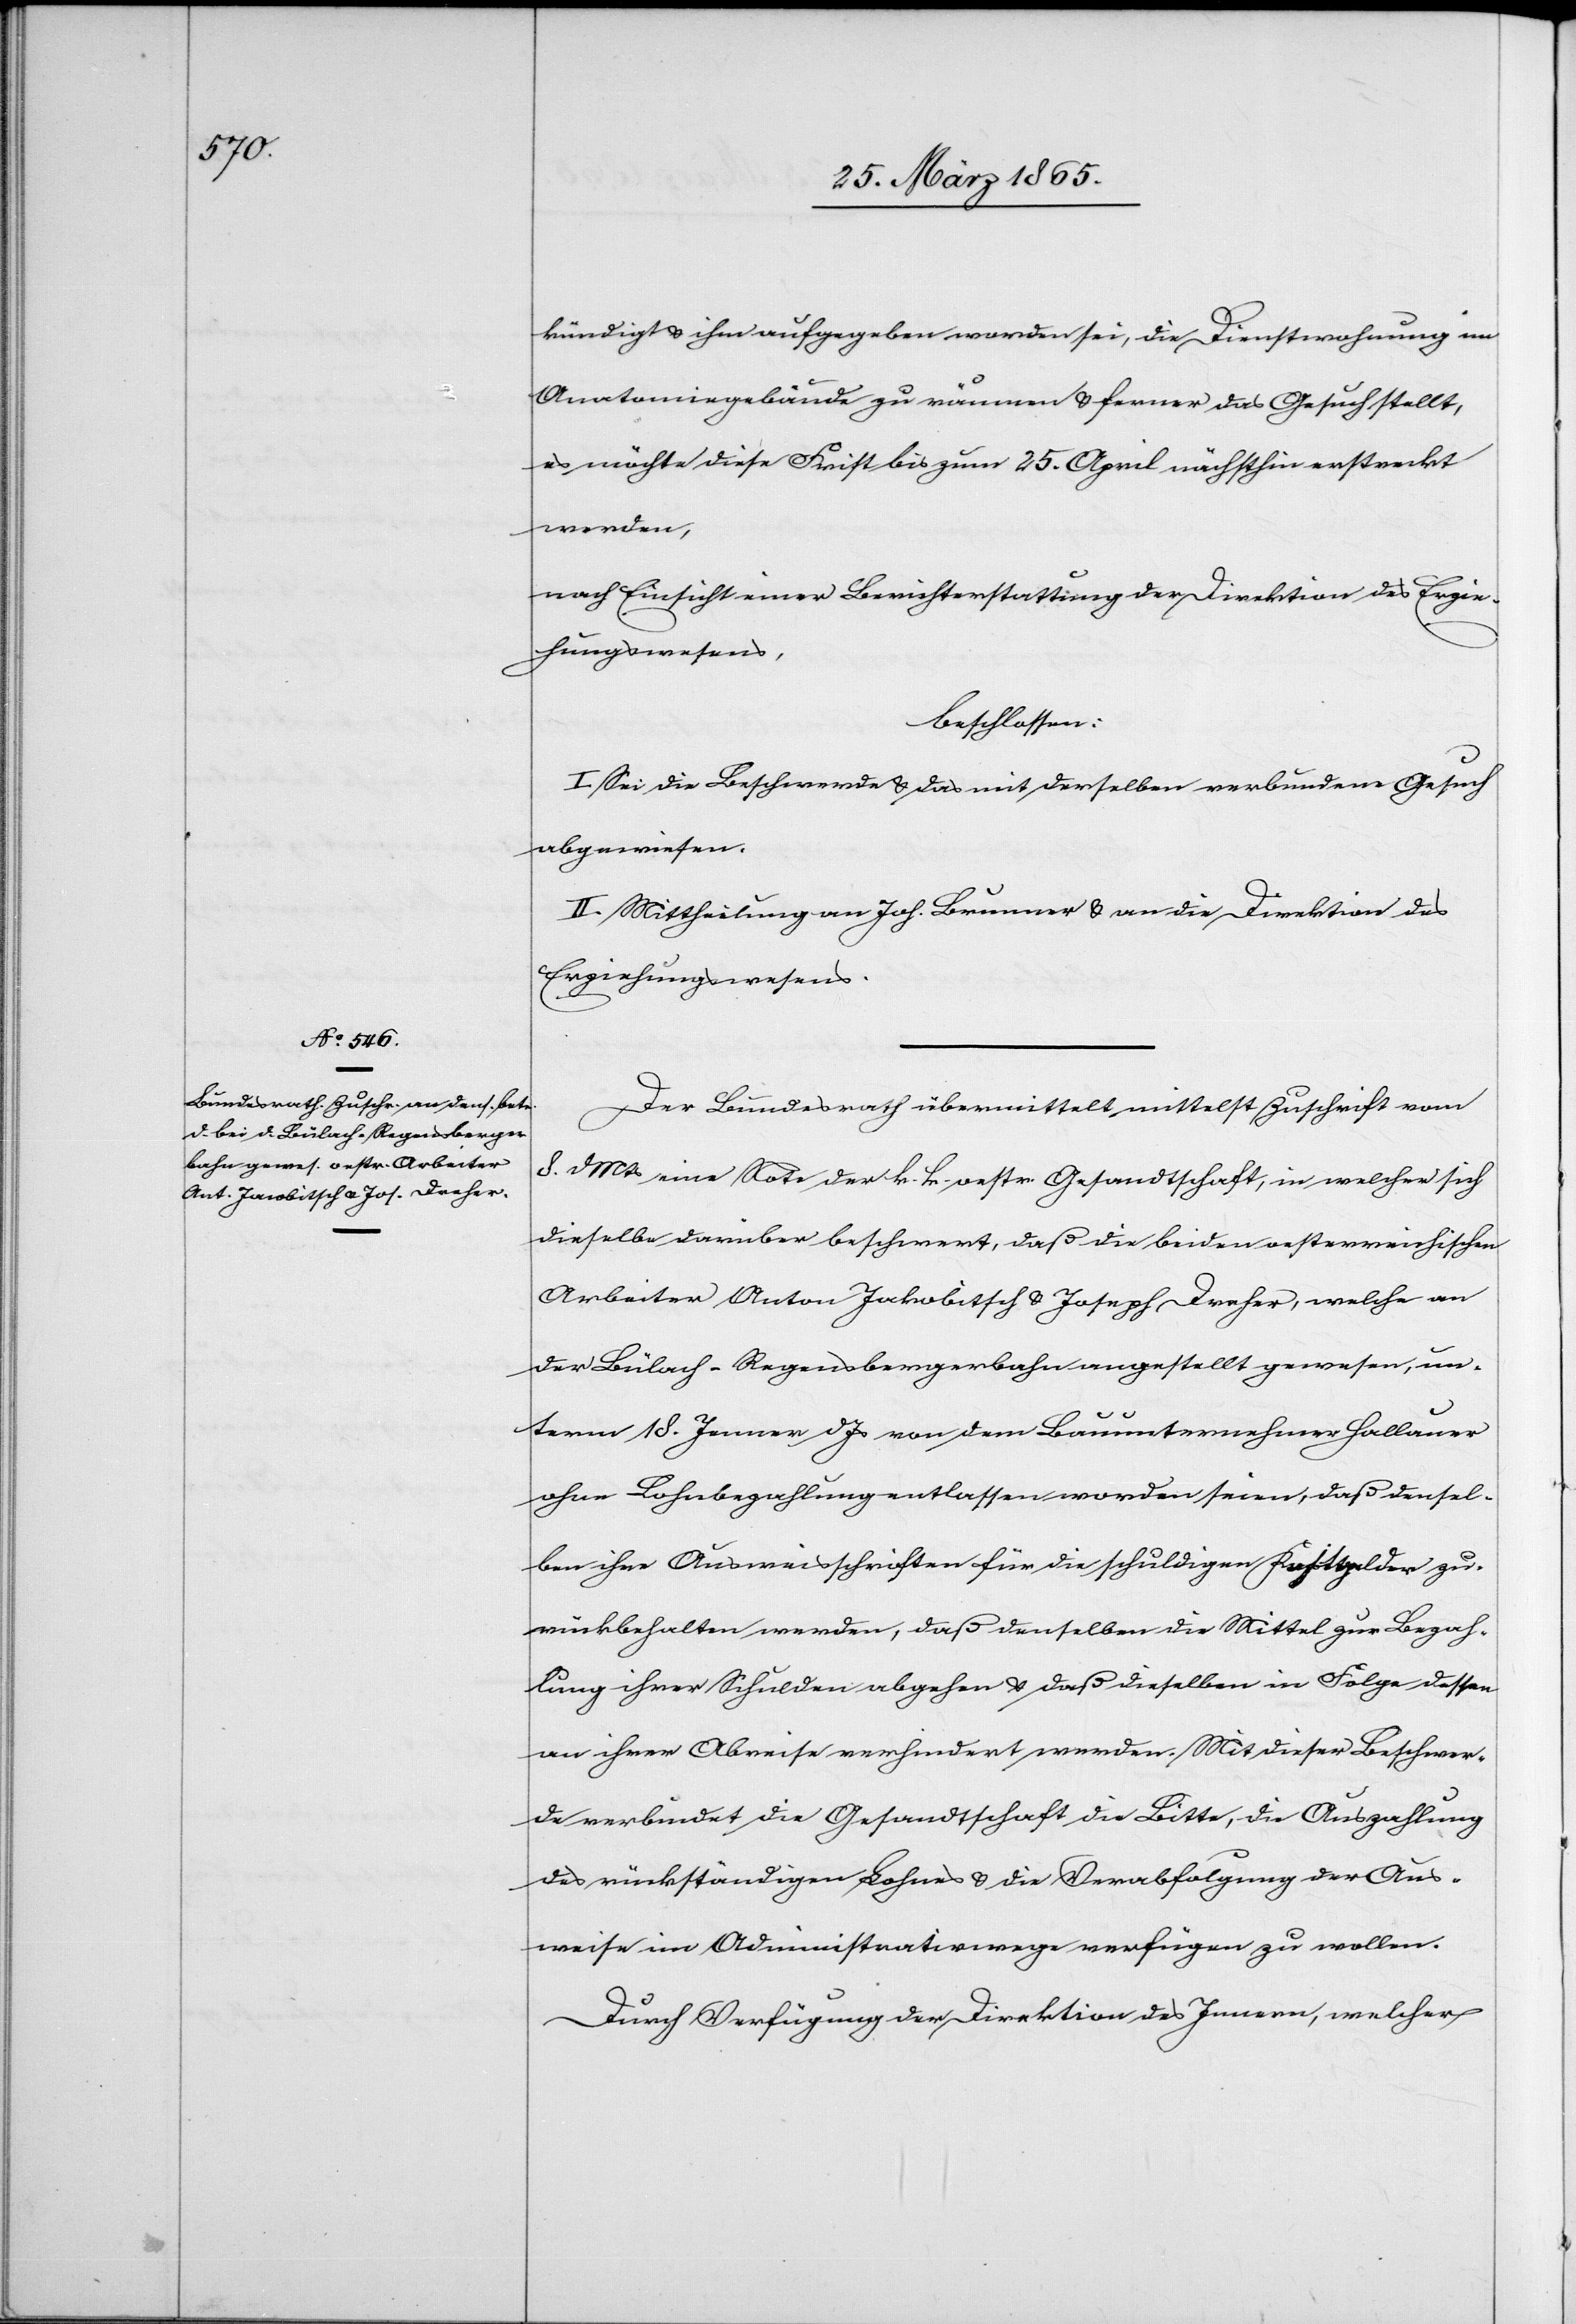
kündigt & ihm aufgegeben worden sei, die Dienstwohnung im
Anatomiegebäude zu räumen & ferner das Gesuch stellt,
es möchte diese Frist bis zum 25. April nächsthin erstreckt
werden,
nach Einsicht einer Berichterstattung der Direktion des Erzie¬
hungswesens,
beschlossen:
I. Sei die Beschwerde & das mit derselben verbundene Gesuch
abgewiesen.
II. Mittheilung an Joh. Brunner & an die Direktion des
Erziehungswesens.
Der Bundesrath übermittelt mittelst Zuschrift vom
8. d Mts eine Note der k. k. oestr. Gesandtschaft, in welcher sich
dieselbe darüber beschwert, daß die beiden oesterreichischen
Arbeiter Anton Jakobitsch [sic!] & Joseph Dreher, welche an
der Bülach-Regensbergerbahn angestellt gewesen, un¬
term 18. Jenner d Js von dem Bauunternehmer Hallauer
ohne Lohnbezahlung entlassen worden seien, daß densel¬
ben ihre Ausweisschriften für die schuldigen Kostgelder zu¬
rückbehalten werden, daß denselben die Mittel zur Bezah¬
lung ihrer Schulden abgehen & daß dieselben in Folge dessen
an ihrer Abreise verhindert werden. Mit dieser Beschwer¬
de verbindet die Gesandtschaft die Bitte, die Auszahlung
des rückständigen Lohnes & die Verabfolgung der Aus¬
weise im Administrativwege verfügen zu wollen.
Durch Verfügung der Direktion des Innern, welcher